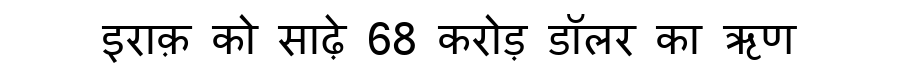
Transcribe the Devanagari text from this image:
इराक़ को साढ़े 68 करोड़ डॉलर का ऋण